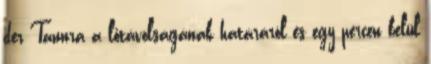
der Tannra a lőtávolságának határáról és egy percen belül